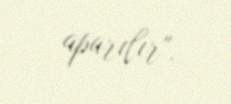
aparılır".